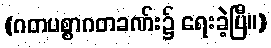
(ဂတပစ္စာဂတခဏ်း၌ ရေးခဲ့ပြီ။)